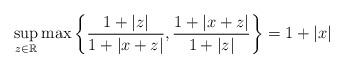
LaTeX: \begin{align*}\sup_{z\in\mathbb{R}}\max\left\{\frac{1+|z|}{1+|x+z|},\frac{1+|x+z|}{1+|z|}\right\}=1+|x| \end{align*}